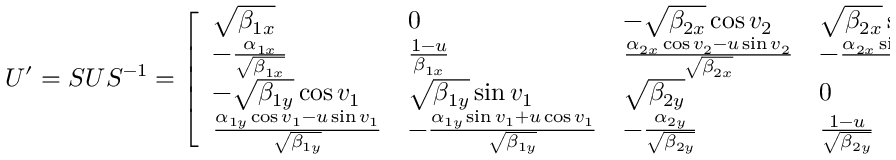
U ^ { \prime } = S U S ^ { - 1 } = \left[ \begin{array} { l l l l } { \sqrt { \beta _ { 1 x } } } & { 0 } & { - \sqrt { \beta _ { 2 x } } \cos v _ { 2 } } & { \sqrt { \beta _ { 2 x } } \sin v _ { 2 } } \\ { - \frac { \alpha _ { 1 x } } { \sqrt { \beta _ { 1 x } } } } & { \frac { 1 - u } { \beta _ { 1 x } } } & { \frac { \alpha _ { 2 x } \cos v _ { 2 } - u \sin v _ { 2 } } { \sqrt { \beta _ { 2 x } } } } & { - \frac { \alpha _ { 2 x } \sin v _ { 2 } + u \cos v _ { 2 } } { \sqrt { \beta _ { 2 x } } } } \\ { - \sqrt { \beta _ { 1 y } } \cos v _ { 1 } } & { \sqrt { \beta _ { 1 y } } \sin v _ { 1 } } & { \sqrt { \beta _ { 2 y } } } & { 0 } \\ { \frac { \alpha _ { 1 y } \cos v _ { 1 } - u \sin v _ { 1 } } { \sqrt { \beta _ { 1 y } } } } & { - \frac { \alpha _ { 1 y } \sin v _ { 1 } + u \cos v _ { 1 } } { \sqrt { \beta _ { 1 y } } } } & { - \frac { \alpha _ { 2 y } } { \sqrt { \beta _ { 2 y } } } } & { \frac { 1 - u } { \sqrt { \beta _ { 2 y } } } } \end{array} \right]